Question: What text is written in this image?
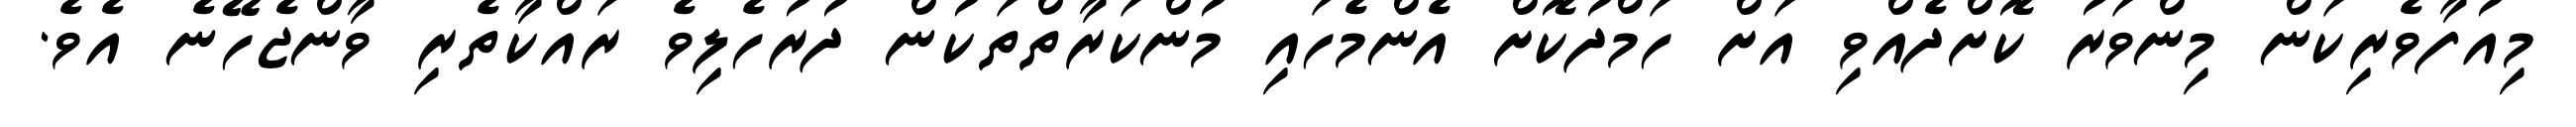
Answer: މިއުފާވެރިކަން މިންވަރު ކޮށްދެއްވި އަށް ހަމްދުކޮށް އެންމެހައި މުންކަރާތްތަކުން ދުރުހެލިވެ ރައްކާތެރި ވާންޖެހޭނެ އެވެ.